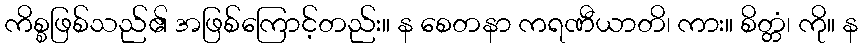
ကိစ္စဖြစ်သည်၏ အဖြစ်ကြောင့်တည်း။ န စေတနာ ကရဏီယာတိ၊ ကား။ စိတ္တံ၊ ကို။ န